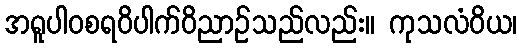
အရူပါဝစရဝိပါက်ဝိညာဉ်သည်လည်း။ ကုသလံဝိယ၊